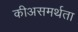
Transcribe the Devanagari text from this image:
कीअसमर्थता